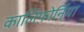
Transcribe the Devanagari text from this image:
कालिफ़ोर्निया